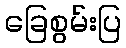
ခြေစွမ်းပြ